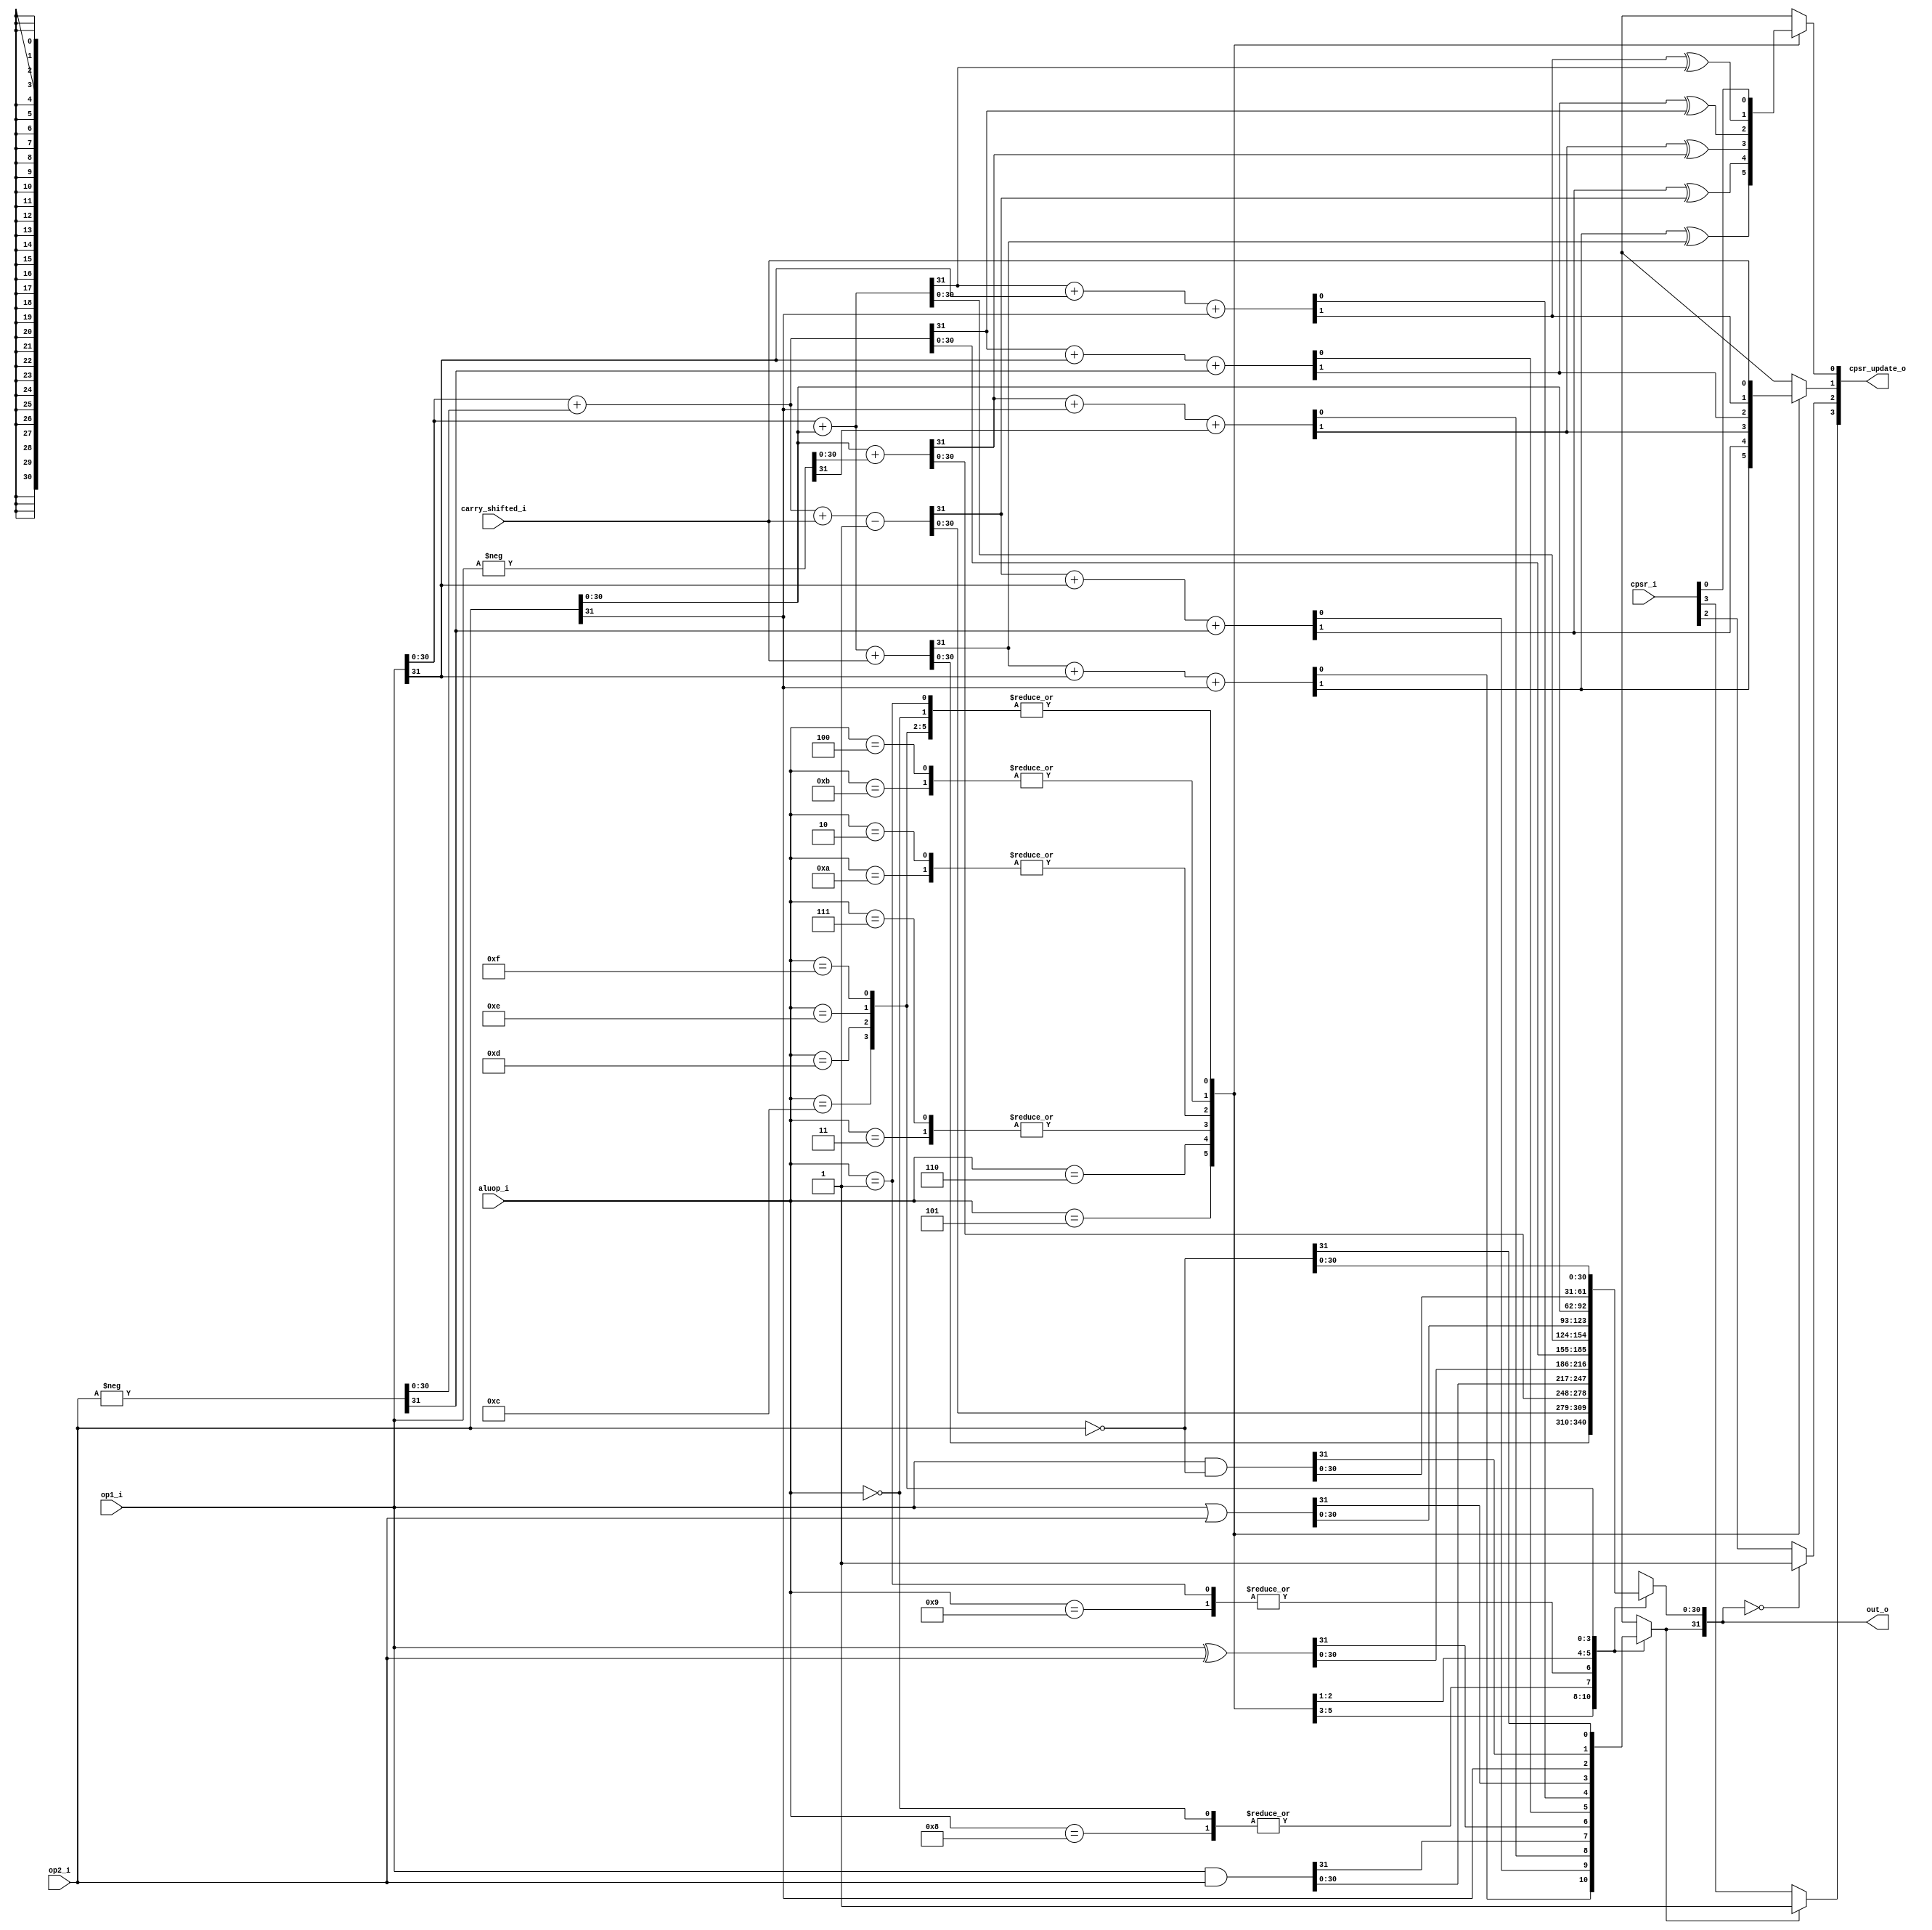
module alu
  ( input [31:0] op1_i
  , input [31:0] op2_i
  , input [3:0] aluop_i
  , input [3:0] cpsr_i
  , input carry_shifted_i
  , output reg [31:0] out_o
  , output reg [3:0] cpsr_update_o
  );

  reg temp, carry;
  reg [31:0] op_neg;

  always @(*) begin
    cpsr_update_o = cpsr_i;
    /*

    cpsr_update_o[3] = n
    cpsr_update_o[2] = z
    cpsr_update_o[1] = c
    cpsr_update_o[0] = v

    */
    case(aluop_i)
      4'b0000: begin
        out_o = op1_i & op2_i;   // AND
        cpsr_update_o[1] = carry_shifted_i;
        end
      4'b0001: begin
        out_o = op1_i ^ op2_i;   // EOR
        cpsr_update_o[1] = carry_shifted_i;
        end
      4'b0010: begin                                         //sub
        op_neg = -op2_i ;    //2's complement
        {temp, out_o[30:0]} = op1_i[30:0] + op_neg[30:0];   // op1-op2
        {carry, out_o[31]} = temp + op1_i[31] + op_neg[31];
        cpsr_update_o[1] = carry;
        cpsr_update_o[0] = carry ^ temp;
        end
      4'b0011: begin                                         //reversed sub
        op_neg = -op1_i ;    //2's complement
        {temp, out_o[30:0]} = op2_i[30:0] + op_neg[30:0];   // op2-op1
        {carry, out_o[31]} = temp + op2_i[31] + op_neg[31];
        cpsr_update_o[1] = carry;
        cpsr_update_o[0] = carry ^ temp;
        end
      4'b0100: begin                                         // sum
        {temp, out_o[30:0]} = op1_i[30:0] + op2_i[30:0];
        {carry, out_o[31]} = temp + op1_i[31] + op2_i[31];
        cpsr_update_o[1] = carry;
        cpsr_update_o[0] = carry ^ temp;
        end
      4'b0101: begin
        {temp, out_o[30:0]} = op1_i[30:0]+op2_i[30:0] + carry_shifted_i;
        {carry, out_o[31]} = temp + op1_i[31]+op2_i[31];   // sum_cin
        cpsr_update_o[1] = carry;
        cpsr_update_o[0] = carry ^ temp;
        end
      4'b0110: begin                                       // sub_cin
        op_neg = -op2_i ;    //2's complement
        {temp, out_o[30:0]} = op1_i[30:0] + op_neg[30:0] + carry_shifted_i - 1;   // op1-op2
        {carry, out_o[31]} = temp + op1_i[31] + op_neg[31];
        cpsr_update_o[1] = carry;
        cpsr_update_o[0] = carry ^ temp;
        end
      4'b0111: begin                                         // reversed sub_cin
        op_neg = -op1_i ;    //2's complement
        {temp, out_o[30:0]} = op2_i[30:0] + op_neg[30:0];   // op2-op1
        {carry, out_o[31]} = temp + op2_i[31] + op_neg[31];
        cpsr_update_o[1] = carry;
        cpsr_update_o[0] = carry ^ temp;
        end
      4'b1000: begin
        out_o = op1_i & op2_i;     // TST and set condition
        cpsr_update_o[1] = carry_shifted_i;
        end
      4'b1001: begin
        out_o = op1_i ^ op2_i;     // TEQ and set condition
        cpsr_update_o[1] = carry_shifted_i;
        end
      4'b1010: begin                      // CMP and set condition, actually operate a sub
        op_neg = -op2_i ;    //2's complement
        {temp, out_o[30:0]} = op1_i[30:0] + op_neg[30:0];   // op1-op2
        {carry, out_o[31]} = temp + op1_i[31] + op_neg[31];
        cpsr_update_o[1] = carry;
        cpsr_update_o[0] = carry ^ temp;
        end
      4'b1011: begin                     // CMN and set condition, actually operate a add
        {temp, out_o[30:0]} = op1_i[30:0] + op2_i[30:0];
        {carry, out_o[31]} = temp + op1_i[31] + op2_i[31];
        cpsr_update_o[1] = carry;
        cpsr_update_o[0] = carry ^ temp;
        end
      4'b1100: begin
        out_o = op1_i | op2_i;     // ORR
        cpsr_update_o[1] = carry_shifted_i;
        end
      4'b1101: begin
      out_o = op2_i;             // for mov instr, just pass op2
      cpsr_update_o[1] = carry_shifted_i;
      end
      4'b1110: begin
        out_o = op1_i & ~op2_i;    // BIC
        cpsr_update_o[1] = carry_shifted_i;
        end
      4'b1111: begin
        out_o = ~op2_i;
        cpsr_update_o[1] = carry_shifted_i;
        end
      default: out_o = 32'h00000000;
    endcase

    if (out_o == 0) cpsr_update_o[2] = 1;            // set zero
    if (out_o[31])  cpsr_update_o[3] = 1;            // set negative

  end
endmodule